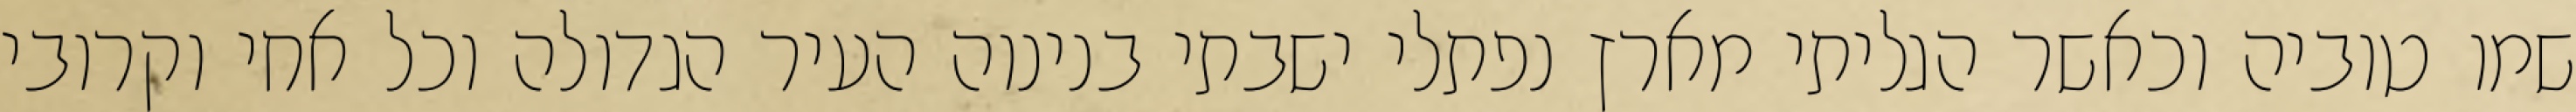
שמו טוביה וכאשר הגליתי מארץ נפתלי ישבתי בנינוה העיר הגדולה וכל אחי וקרובי